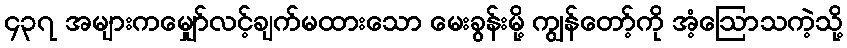
၄၃၇ အများကမျှော်လင့်ချက်မထားသော မေးခွန်းမို့ ကျွန်တော့်ကို အံ့ဩောသကဲ့သို့